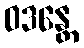
ဝဒန္တေ